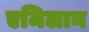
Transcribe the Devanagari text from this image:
एमिलान